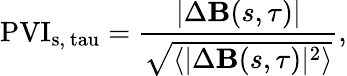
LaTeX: \mathrm{PVI_{s,\ tau}}=\frac{|\Delta\textbf{B}(s,\tau)|}{\sqrt{\langle|\Delta\textbf{B}(s,\tau)|^{2}\rangle}},